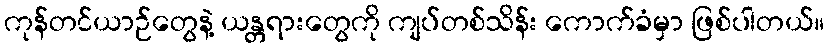
ကုန်တင်ယာဉ်တွေနဲ့ ယန္တရားတွေကို ကျပ်တစ်သိန်း ကောက်ခံမှာ ဖြစ်ပါတယ်။